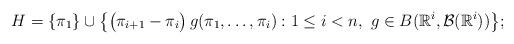
LaTeX: \begin{gather*}H=\{\pi_1\}\cup\bigl\{\bigl(\pi_{i+1}-\pi_i\bigr)\,g(\pi_1,\ldots,\pi_i):1\le i<n,\,\,g\in B(\mathbb{R}^i,\mathcal{B}(\mathbb{R}^i))\bigr\};\end{gather*}